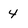
Character: 4